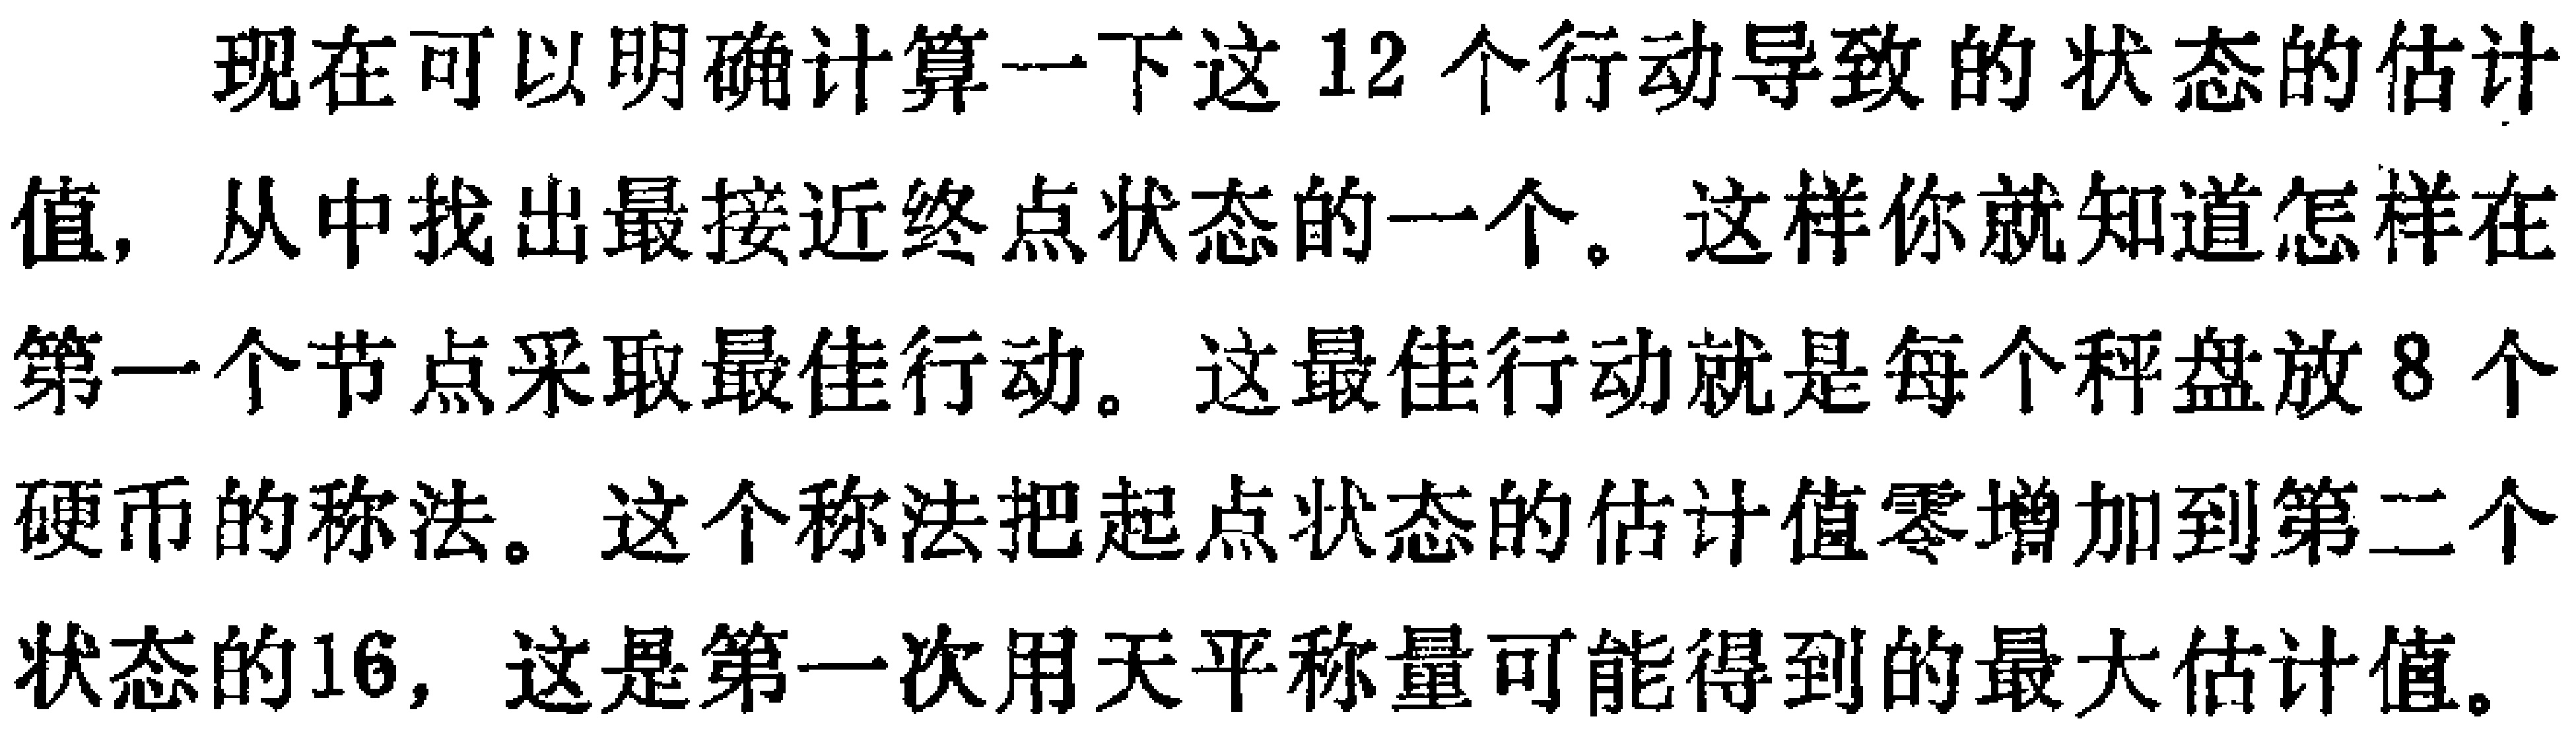
现在可以明确计算一下这12个行动导致的状态的估计值, 从中找出最接近终点状态的一个。这样你就知道怎样在第一个节点采取最佳行动。这最佳行动就是每个秤盘放8个硬币的称法。这个称法把起点状态的估计值零增加到第二个状态的16, 这是第一次用天平称量可能得到的最大估计值。